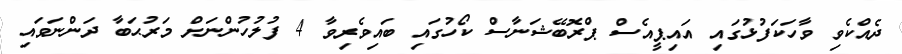
ދެއްކެވި ވާހަކަފުޅުގައި އައިޕީއެސް ޕްރޮބޭޝަނާސް ކޯހުގައި ބައިވެރިވާ 4 ފުލުހުންނަށް މަރުޙަބާ ދަންނަވައި